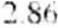
2.86